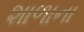
શાળાના